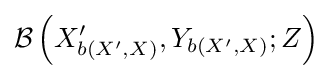
{\mathcal {B}}\left(X_{b\left(X^{\prime },X\right)}^{\prime },Y_{b\left(X^{\prime },X\right)};Z\right)